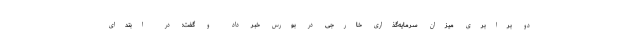
دو برابری میزان سرمایه‌گذاری خارجی در بورس خبر داد و گفت: در ابتدای